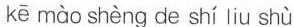
kē mào shèng de shí liu shù